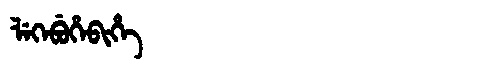
Manchu: ᠯᡝᡴᡝᠪᡠᡥᡝᠪᡳᡥᡝ
Romanization: LEKEBUHEBIHE